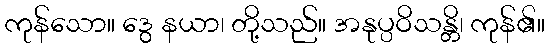
ကုန်သော။ ဒွေ နယာ၊ တို့သည်။ အနုပ္ပဝိသန္တိ၊ ကုန်၏။